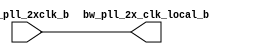
// ========== Copyright Header Begin ==========================================
// 
// OpenSPARC T1 Processor File: bw_clk_cl_ctu_2xcmp_b.v
// Copyright (c) 2006 Sun Microsystems, Inc.  All Rights Reserved.
// DO NOT ALTER OR REMOVE COPYRIGHT NOTICES.
// 
// The above named program is free software; you can redistribute it and/or
// modify it under the terms of the GNU General Public
// License version 2 as published by the Free Software Foundation.
// 
// The above named program is distributed in the hope that it will be 
// useful, but WITHOUT ANY WARRANTY; without even the implied warranty of
// MERCHANTABILITY or FITNESS FOR A PARTICULAR PURPOSE.  See the GNU
// General Public License for more details.
// 
// You should have received a copy of the GNU General Public
// License along with this work; if not, write to the Free Software
// Foundation, Inc., 51 Franklin St, Fifth Floor, Boston, MA 02110-1301, USA.
// 
// ========== Copyright Header End ============================================
// ------------------------------------------------------------------
module bw_clk_cl_ctu_2xcmp_b(bw_pll_2x_clk_local_b ,bw_pll_2xclk_b );
output		bw_pll_2x_clk_local_b ;
input		bw_pll_2xclk_b ;
 
assign bw_pll_2x_clk_local_b =  bw_pll_2xclk_b;
/*
wire		net6 ;
 
 
bw_u1_ckbuf_33x I3 (
     .clk             (net6 ),
     .rclk            (bw_pll_2xclk_b ) );
bw_u1_ckbuf_33x local_driver_3_ (
     .clk             (bw_pll_2x_clk_local_b ),
     .rclk            (net6 ) );
bw_u1_ckbuf_33x local_driver_4_ (
     .clk             (bw_pll_2x_clk_local_b ),
     .rclk            (net6 ) );
bw_u1_ckbuf_33x local_driver_1_ (
     .clk             (bw_pll_2x_clk_local_b ),
     .rclk            (net6 ) );
bw_u1_ckbuf_33x local_driver_2_ (
     .clk             (bw_pll_2x_clk_local_b ),
     .rclk            (net6 ) );
bw_u1_ckbuf_33x local_driver_0_ (
     .clk             (bw_pll_2x_clk_local_b ),
     .rclk            (net6 ) );
*/
endmodule